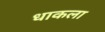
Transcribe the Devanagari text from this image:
धाकला